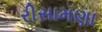
રીસામણા